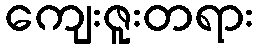
ကျေးဇူးတရား